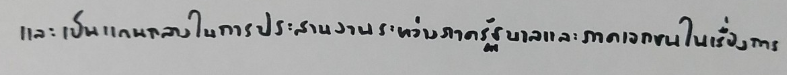
และเป็นแกนกลางในการประสานงานระหว่างภาครัฐบาลและภาคเอกชนในเรื่องการ